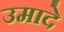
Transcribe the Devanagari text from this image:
उमादे